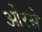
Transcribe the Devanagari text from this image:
ओरसे